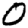
Digit: 0